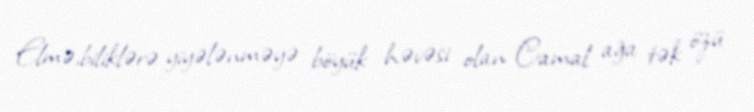
Elmə,biliklərə yiyələnməyə böyük həvəsi olan Camal ağa tək özü